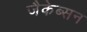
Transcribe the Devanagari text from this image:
जैकेब्सन